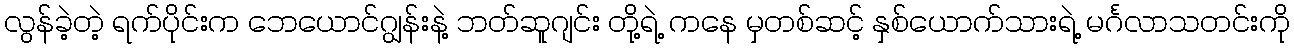
လွန်ခဲ့တဲ့ ရက်ပိုင်းက ဘေယောင်ဂျွန်းနဲ့ ဘတ်ဆူဂျင်း တို့ရဲ့ ကနေ မှတစ်ဆင့် နှစ်ယောက်သားရဲ့ မင်္ဂလာသတင်းကို